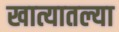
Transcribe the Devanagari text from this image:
खात्यातल्या